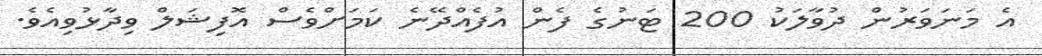
އެ މަނަވަރުން ދުވާލަކު 200 ޓަނުގެ ފެން އުފެއްދޭނެ ކަމަށްވެސް އޮފިޝަލް ވިދާޅުވިއެވެ.